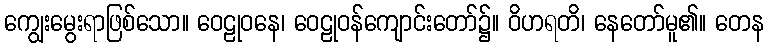
ကျွေးမွေးရာဖြစ်သော။ ဝေဠုဝနေ၊ ဝေဠုဝန်ကျောင်းတော်၌။ ဝိဟရတိ၊ နေတော်မူ၏။ တေန